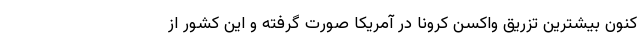
کنون بیشترین تزریق واکسن کرونا در آمریکا صورت گرفته و این کشور از